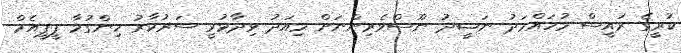
ކުރީގެ ރައީސް މުހައްމަދު ނަޝީދު ނޫސްވެރިންނަށް މިއަދު ވިދާޅުވީ ސަރުކާރު ހިންގުމާ ޕީޕީއެމް